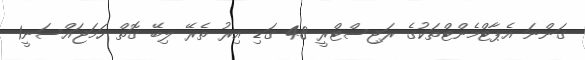
ގަންނަ އެޕާޓްމެންޓްތަކުގެ ރަޖިސްޓްރީ 48 ގަޑި އިރު ތެރޭ ލިބޭ ގޮތް ހަމަޖައްސަނީ1